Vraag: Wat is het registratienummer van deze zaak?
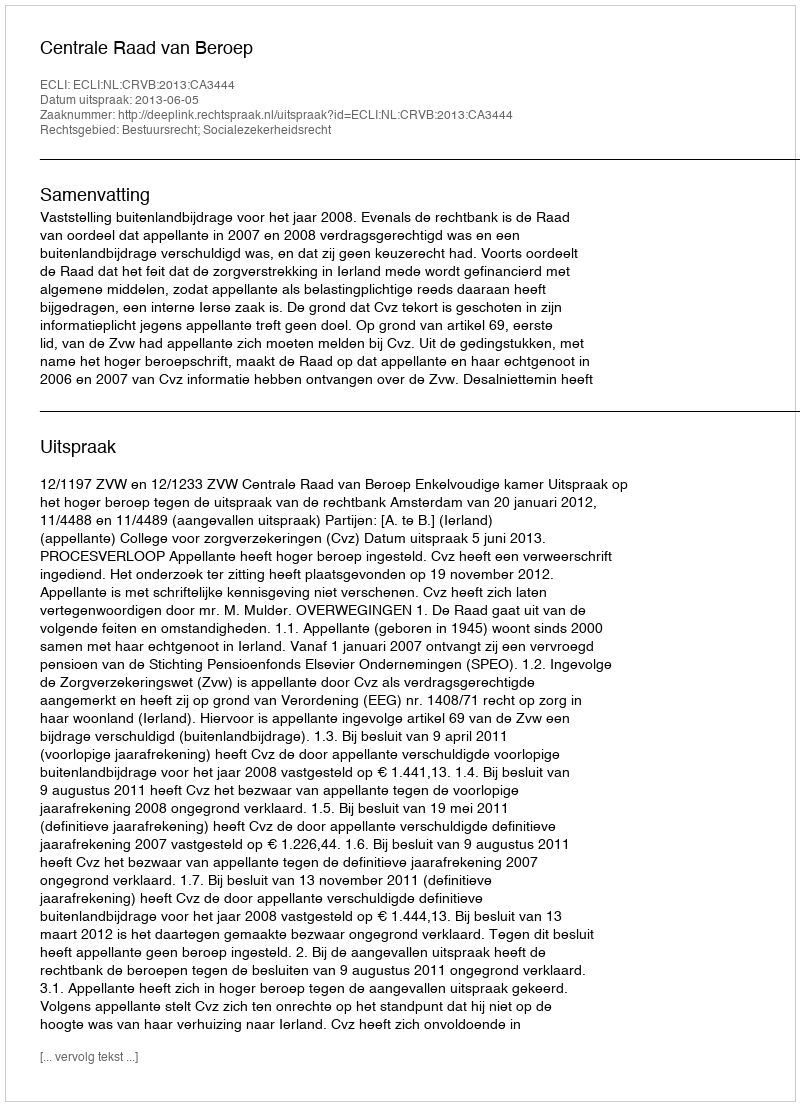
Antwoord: http://deeplink.rechtspraak.nl/uitspraak?id=ECLI:NL:CRVB:2013:CA3444